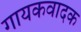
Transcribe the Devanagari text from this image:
गायकवादक